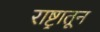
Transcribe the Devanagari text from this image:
राष्ट्रातून